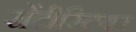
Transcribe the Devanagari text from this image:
सेंटीस्टियर